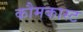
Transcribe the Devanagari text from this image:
कौमकास्ट